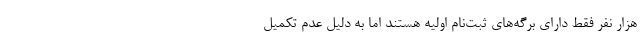
هزار نفر فقط دارای برگه‌های ثبت‌نام اولیه هستند اما به دلیل عدم تکمیل